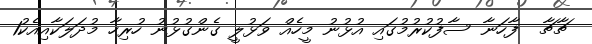
ޗާޗާ  ފާހަނާ ސާފުކުރުމުގައި އުޅުނު މީހެއް ވަޅުލީ ގެންގުޅުނު ހުރިހާ މުދަލަކާއިއެކު1